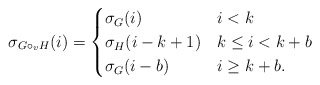
\begin{align*} \sigma_{G\circ_v H}(i)=\begin{cases}\sigma_G(i) & i< k\\ \sigma_H(i-k+1) & k \leq i < k+b\\ \sigma_G(i-b) & i\geq k+b. \end{cases}\end{align*}